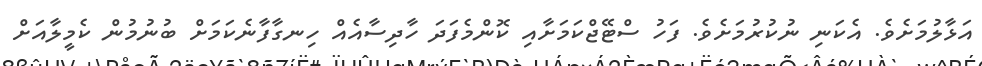
އަޅާލުމަށެވެ. އެކަނި ނުކުރުމަށެވެ. ފަހު ސްޓޭޖްކަމަށާއި ކޮންމެފަދަ ހާދިސާއެއް ހިނގާފާނެކަމަށް ބުނުމުން ކެމީލާއަށް